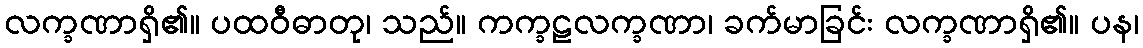
လက္ခဏာရှိ၏။ ပထဝီဓာတု၊ သည်။ ကက္ခဠလက္ခဏာ၊ ခက်မာခြင်း လက္ခဏာရှိ၏။ ပန၊